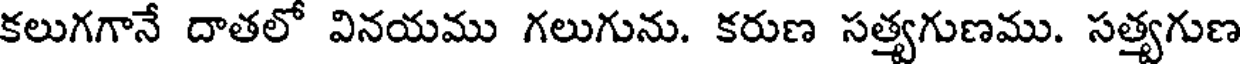
కలుగగానే దాతలో వినయము గలుగును. కరుణ సత్యగుణము. సత్యగుణ